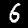
Label: 6